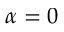
\alpha = 0